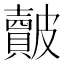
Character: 皾